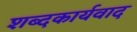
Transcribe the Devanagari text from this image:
शब्दकार्यवाद